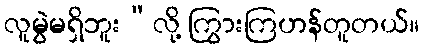
လူမွဲမရှိဘူး”လို့ ကြွားကြဟန်တူတယ်။